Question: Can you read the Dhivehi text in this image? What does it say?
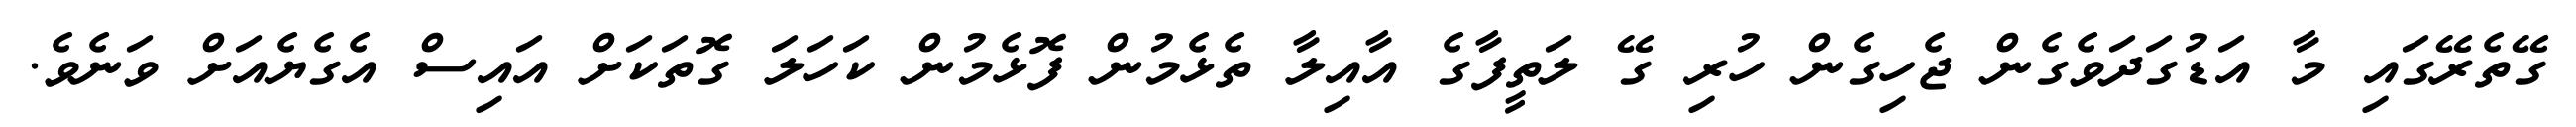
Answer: ގޭތެރޭގައި މާ އަޑުގަދަވެގެން ޖެހިގެން ހުރި ގޭ ލަތީފާގެ އާއިލާ ތެޅެމުން ފޮޅެމުން ކަހަލަ ގޮތަކަށް އައިސް އެގެޔެއަށް ވަނެވެ.